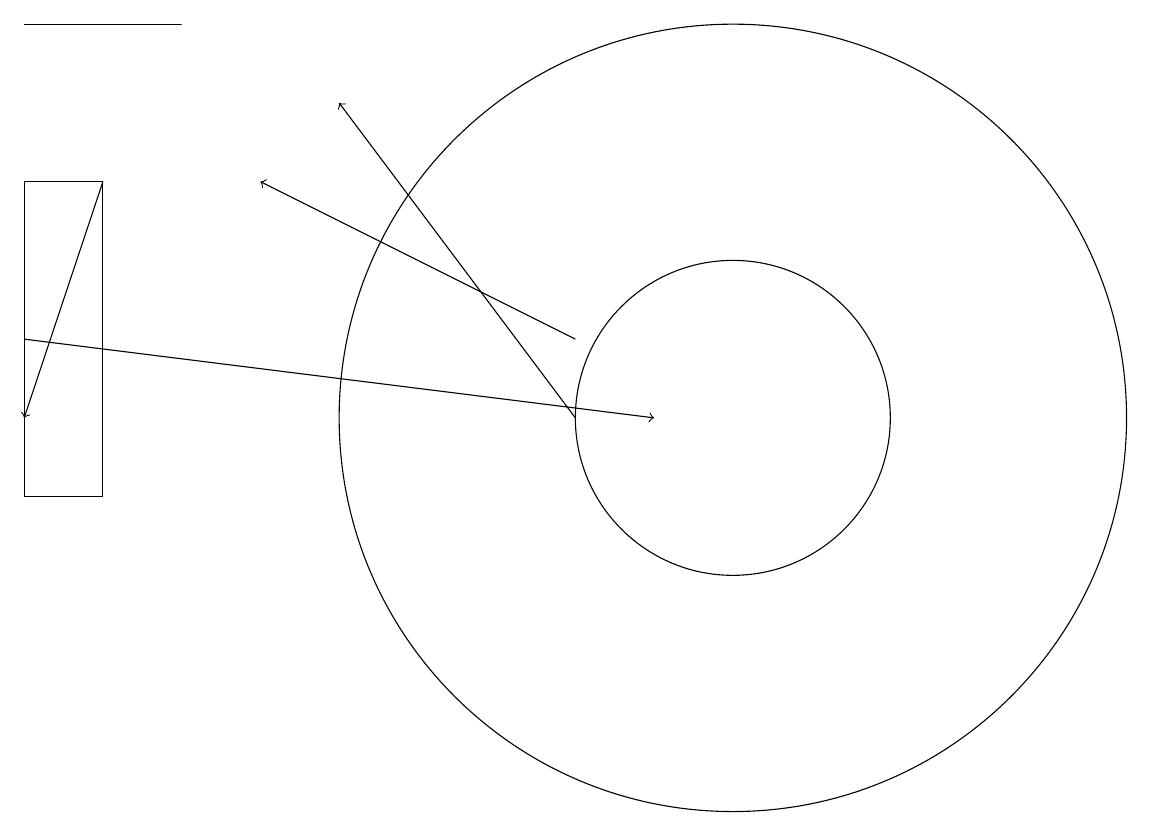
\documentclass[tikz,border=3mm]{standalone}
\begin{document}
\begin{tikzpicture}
\draw[->] (8,12) -- (4,14);
\draw (10,11) circle (2);
\draw[->] (2,14) -- (1,11);
\draw (1,16) rectangle (3,16);
\draw (2,14) rectangle (1,10);
\draw[->] (1,12) -- (9,11);
\draw (10,11) circle (5);
\draw[->] (8,11) -- (5,15);
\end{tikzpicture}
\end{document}